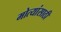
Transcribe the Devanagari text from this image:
मोत्यांसाठी